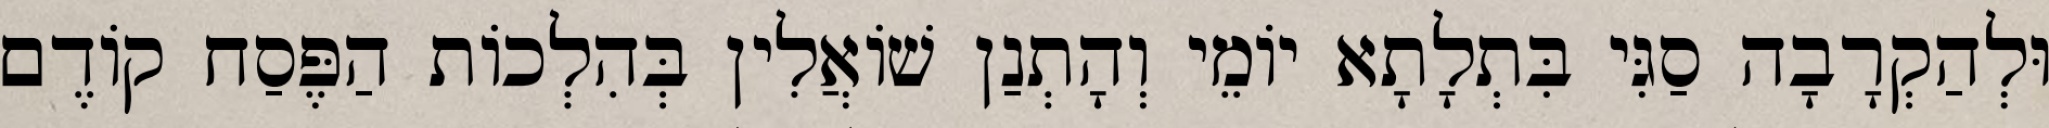
וּלְהַקְרָבָה סַגִּי בִּתְלָתָא יוֹמֵי וְהָתְנַן שׁוֹאֲלִין בְּהִלְכוֹת הַפֶּסַח קוֹדֶם